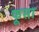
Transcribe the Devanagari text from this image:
फूसा